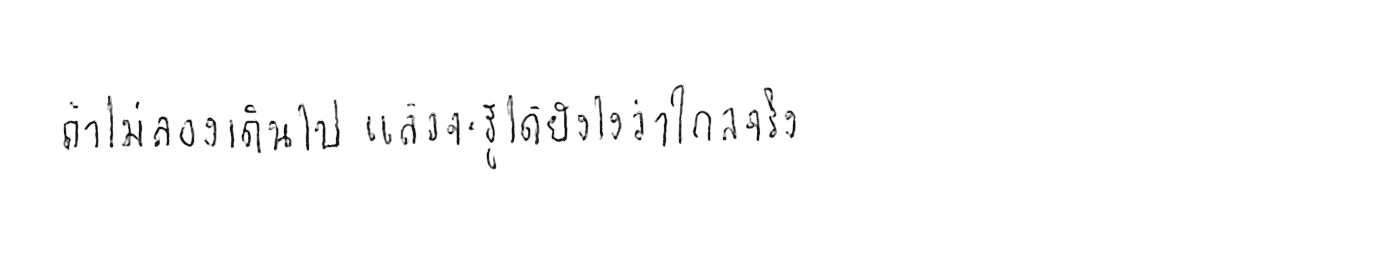
ถ้าไม่ลองเดินไป แล้วจะรู้ได้ยังไงว่าไกลจริง